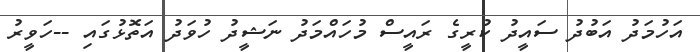
އަހުމަދު އަބުދު ސައީދު ކުރީގެ ރައީސް މުހައްމަދު ނަޝީދު ހުވަދު އަތޮޅުގައި --ހަވީރު